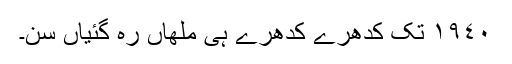
١٩٤٠ تک کدھرے کدھرے ہی ملھاں رہ گئیاں سن۔